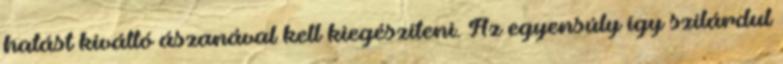
hatást kiváltó ászanával kell kiegészíteni. Az egyensúly így szilárdul